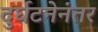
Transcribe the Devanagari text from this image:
दुर्घटनेनंतर